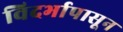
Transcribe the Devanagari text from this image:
विदर्भापासून